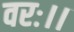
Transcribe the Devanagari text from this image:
वरः।।